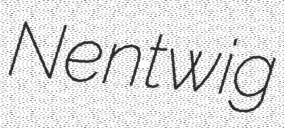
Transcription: Nentwig